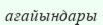
ағайындары